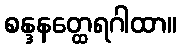
စန္ဒနတ္ထေရဂါထာ။